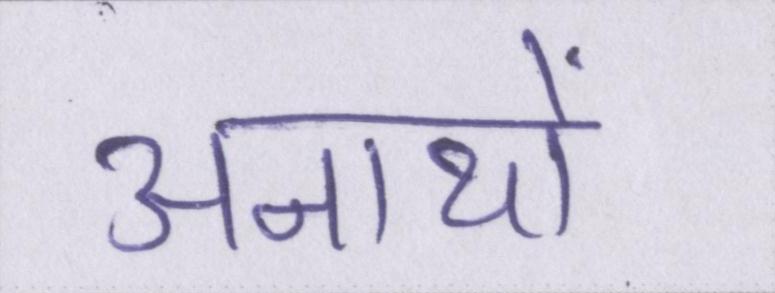
अनाथों